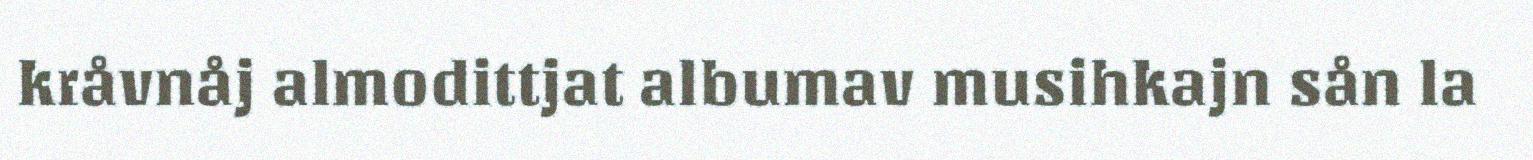
kråvnåj almodittjat albumav musihkajn sån la